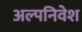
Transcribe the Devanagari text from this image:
अल्पनिवेश